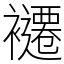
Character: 𮖽